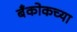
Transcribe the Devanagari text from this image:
बँकोकच्या